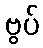
ဗွပ်